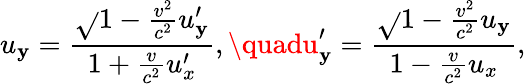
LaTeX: u_{\mathbf{y}}={\frac{{{\sqrt{}{{1-{\frac{{v^{2}}}{{c^{2}}}}}}}u_{\mathbf{y}}^{\prime}}}{{1+{\frac{{v}}{{c^{2}}}}u_{x}^{\prime}}}},\quadu_{\mathbf{y}}^{\prime}={\frac{{{\sqrt{}{{1-{\frac{{v^{2}}}{{c^{2}}}}}}}u_{\mathbf{y}}}}{{1-{\frac{{v}}{{c^{2}}}}u_{x}}}},